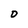
Character: D